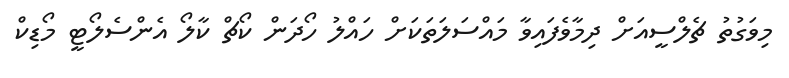
މިވަގުތު ޗެލްސީއަށް ދިމާވެފައިވާ މައްސަލަތަކަށް ހައްލު ހޯދަން ކޯޗް ކާލޯ އެންސެލޯޓީ މޯޑިކް